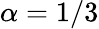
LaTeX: \alpha=1/3